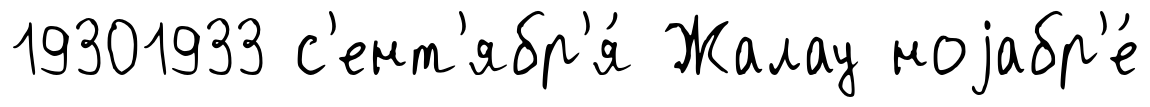
19301933 с'ент'ябр'я́ Жалау ноjабр'е́